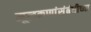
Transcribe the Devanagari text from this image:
मूलकणांसंबंधीच्या